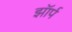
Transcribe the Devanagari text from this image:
झॉर्प